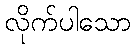
လိုက်ပါသော